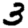
Digit: 3